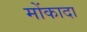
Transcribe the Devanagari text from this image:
मोंकादा